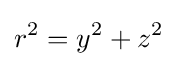
r^{2}=y^{2}+z^{2}